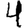
Digit: 4